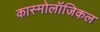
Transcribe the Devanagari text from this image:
कास्मोलॉजिकल